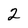
Character: 2